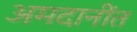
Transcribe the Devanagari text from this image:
अमदानींत